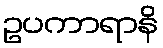
ဥပကာရာနိ